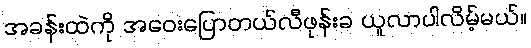
အခန်းထဲကို အဝေးပြောတယ်လီဖုန်းခ ယူလာပါလိမ့်မယ်။